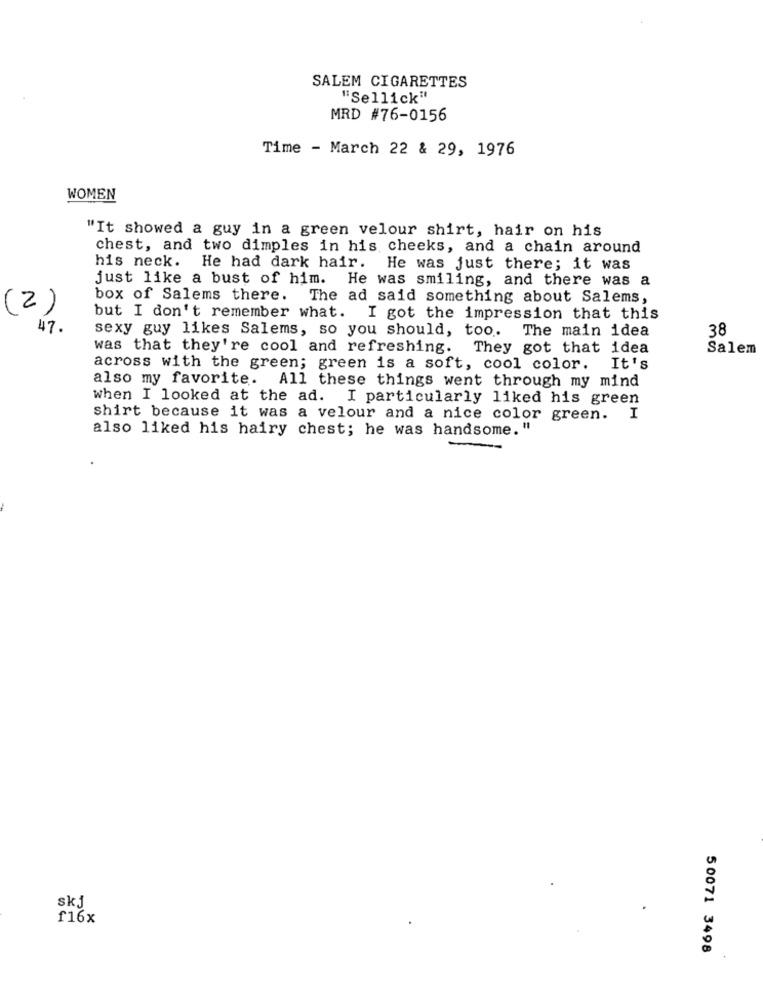
SALEM CIGARETTES
"Sellick"
MRD #76-0156
Time - March 22 & 29, 1976
WOMEN
"It showed a guy in a green velour shirt, hair on his
chest, and two dimples in his cheeks, and a chain around
his neck. He had dark hair. He was just there; it was
just like a bust of him. He was smiling, and there was a
box of Salems there. The ad said something about Salems,
(2)
but I don't remember what. I got the impression that this
47.
sexy guy likes Salems, so you should, too. The main idea
38
was that they're cool and refreshing. They got that idea
Salem
across with the green; green is a soft, cool color.
It's
also my favorite. All these things went through my mind
when I looked at the ad. I particularly liked his green
shirt because it was a velour and a nice color green. I
also liked his hairy chest; he was handsome. "
skj
f16x
50071 3498